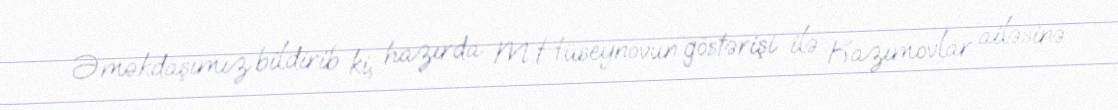
Əməkdaşımız bildirib ki, hazırda M.Hüseynovun göstərişi ilə Kazımovlar ailəsinə